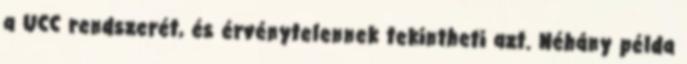
a UCC rendszerét, és érvénytelennek tekintheti azt. Néhány példa